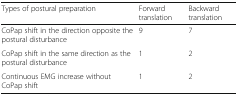
<table><thead><tr><td><b>Types of postural preparation</b></td><td><b>Forward translation</b></td><td><b>Backward translation</b></td></tr></thead><tbody><tr><td>CoPap shift in the direction opposite the postural disturbance</td><td>9</td><td>7</td></tr><tr><td>CoPap shift in the same direction as the postural disturbance</td><td>1</td><td>2</td></tr><tr><td>Continuous EMG increase without CoPap shift</td><td>1</td><td>2</td></tr></tbody></table>